Indian journal of veterinary science and animal husbandry - Volume 4,
Year: 1934
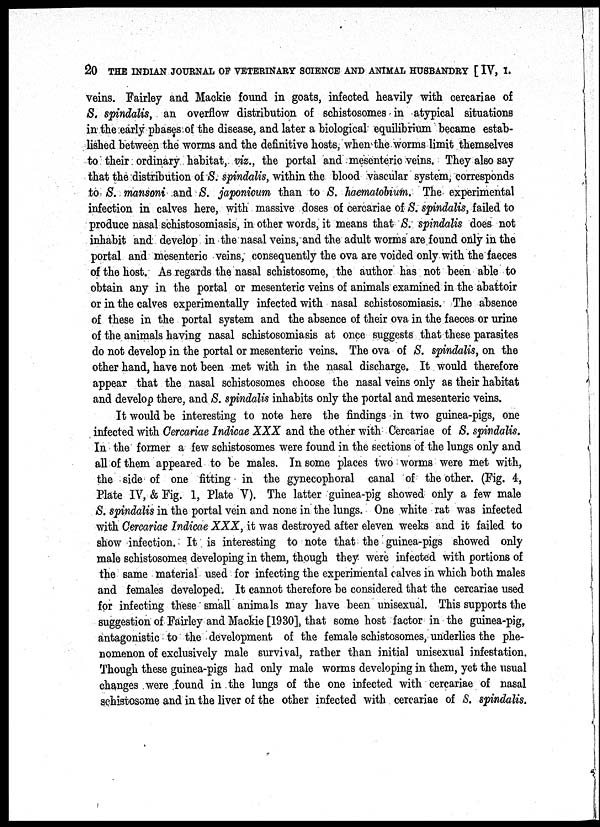
20 THE INDIAN JOURNAL OF VETERINARY SCIENCE AND ANIMAL HUSBANDRY [ IV, I.
veins. Fairley and Mackie found in goats, infected heavily with cercariae of
S. spindalis, an overflow distribution of schistosomes in atypical situations
in the early phases of the disease, and later a biological equilibrium became estab-
lished between the worms and the definitive hosts, when the worms limit themselves
to their ordinary habitat, viz., the portal and mesenteric veins. They also say
that the distribution of S. spindalis, within the blood vascular system, corresponds
to S. mansoni and S. japonicum than to S. haematobium. The experimental
infection in calves here, with massive doses of cercariae of S. spindalis, failed to
produce nasal schistosomiasis, in other words, it means that S. spindalis does not
inhabit and develop in the nasal veins, and the adult worms are found only in the
portal and mesenteric veins, consequently the ova are voided only with the faeces
of the host. As regards the nasal schistosome, the author has not been able to
obtain any in the portal or mesenteric veins of animals examined in the abattoir
or in the calves experimentally infected with nasal schistosomiasis. The absence
of these in the portal system and the absence of their ova in the faeces or urine
of the animals having nasal schistosomiasis at once suggests that these parasites
do not develop in the portal or mesenteric veins. The ova of S. spindalis, on the
other hand, have not been met with in the nasal discharge. It would therefore
appear that the nasal schistosomes choose the nasal veins only as their habitat
and develop there, and S. spindalis inhabits only the portal and mesenteric veins.
It would be interesting to note here the findings in two guinea-pigs, one
infected with Cercariae Indicae XXX and the other with Cercariae of S. spindalis.
In the former a few schistosomes were found in the sections of the lungs only and
all of them appeared to be males. In some places two worms were met with,
the side of one fitting in the gynecophoral canal of the other. (Fig. 4,
Plate IV, & Fig. 1, Plate V). The latter guinea-pig showed only a few male
S. spindalis in the portal vein and none in the lungs. One white rat was infected
with Cercariae Indicae XXX, it was destroyed after eleven weeks and it failed to
show infection. It is interesting to note that the guinea-pigs showed only
male schistosomes developing in them, though they were infected with portions of
the same material used for infecting the experimental calves in which both males
and females developed. It cannot therefore be considered that the cercariae used
for infecting these small animals may have been unisexual. This supports the
suggestion of Fairley and Mackie [1930], that some host factor in the guinea-pig,
antagonistic to the development of the female schistosomes, underlies the phe-
nomenon of exclusively male survival, rather than initial unisexual infestation.
Though these guinea-pigs had only male worms developing in them, yet the usual
changes were found in the lungs of the one infected with cercariae of nasal
schistosome and in the liver of the other infected with cercariae of S. spindalis.